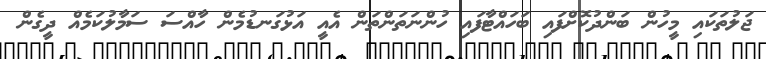
ޖަލުތަކައި މީހުން ބަންދުކޮށްފައި ބަހައްޓާފައި ހުންނަތަންތަން އެއީ އަޅުގަނޑުމެން ހާއްސަ ސަމާލުކަމެއް ދީގެން